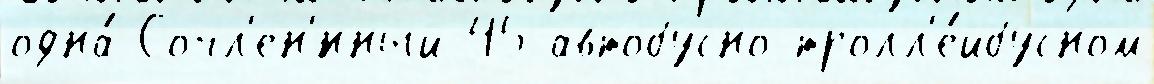
одна́ Сочл'ен'́нный 45 автобусно-тролл'е́йбусном